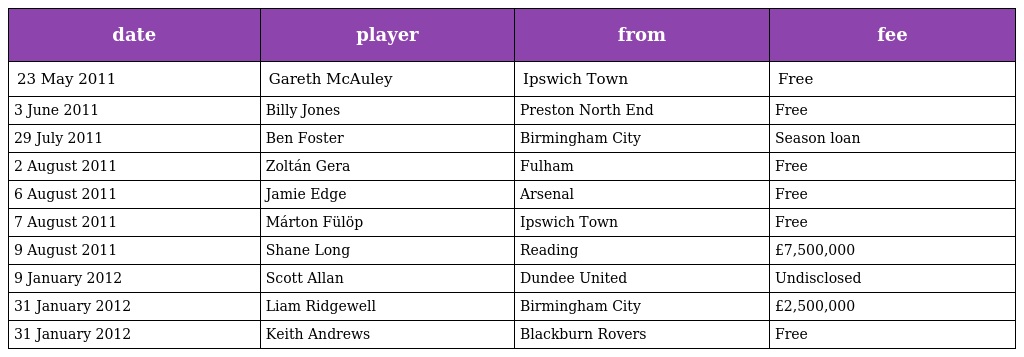
| date | player | from | fee |
 | --- | --- | --- | --- |
 | 23 May 2011 | Gareth McAuley | Ipswich Town | Free |
 | 3 June 2011 | Billy Jones | Preston North End | Free |
 | 29 July 2011 | Ben Foster | Birmingham City | Season loan |
 | 2 August 2011 | Zoltán Gera | Fulham | Free |
 | 6 August 2011 | Jamie Edge | Arsenal | Free |
 | 7 August 2011 | Márton Fülöp | Ipswich Town | Free |
 | 9 August 2011 | Shane Long | Reading | £7,500,000 |
 | 9 January 2012 | Scott Allan | Dundee United | Undisclosed |
 | 31 January 2012 | Liam Ridgewell | Birmingham City | £2,500,000 |
 | 31 January 2012 | Keith Andrews | Blackburn Rovers | Free |